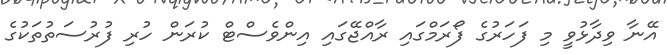
އޭނާ ވިދާޅުވީ މި ފަހަރުގެ ފޯރަމްގައި ރާއްޖޭގައި އިންވެސްޓް ކުރަން ހުރި ފުރުސަތުތަކުގެ